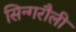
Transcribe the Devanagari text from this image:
सिन्गरौली